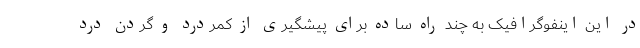
در این اینفوگرافیک به چند راه ساده برای پیشگیری از کمردرد و گردن درد